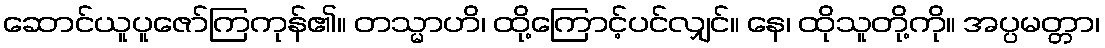
ဆောင်ယူပူဇော်ကြကုန်၏။ တသ္မာဟိ၊ ထို့ကြောင့်ပင်လျှင်။ နေ၊ ထိုသူတို့ကို။ အပ္ပမတ္တာ၊